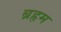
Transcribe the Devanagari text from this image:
ब्रहृम